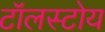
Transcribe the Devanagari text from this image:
टॉलस्टोय